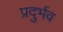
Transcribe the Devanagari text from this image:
प्रदुर्भव